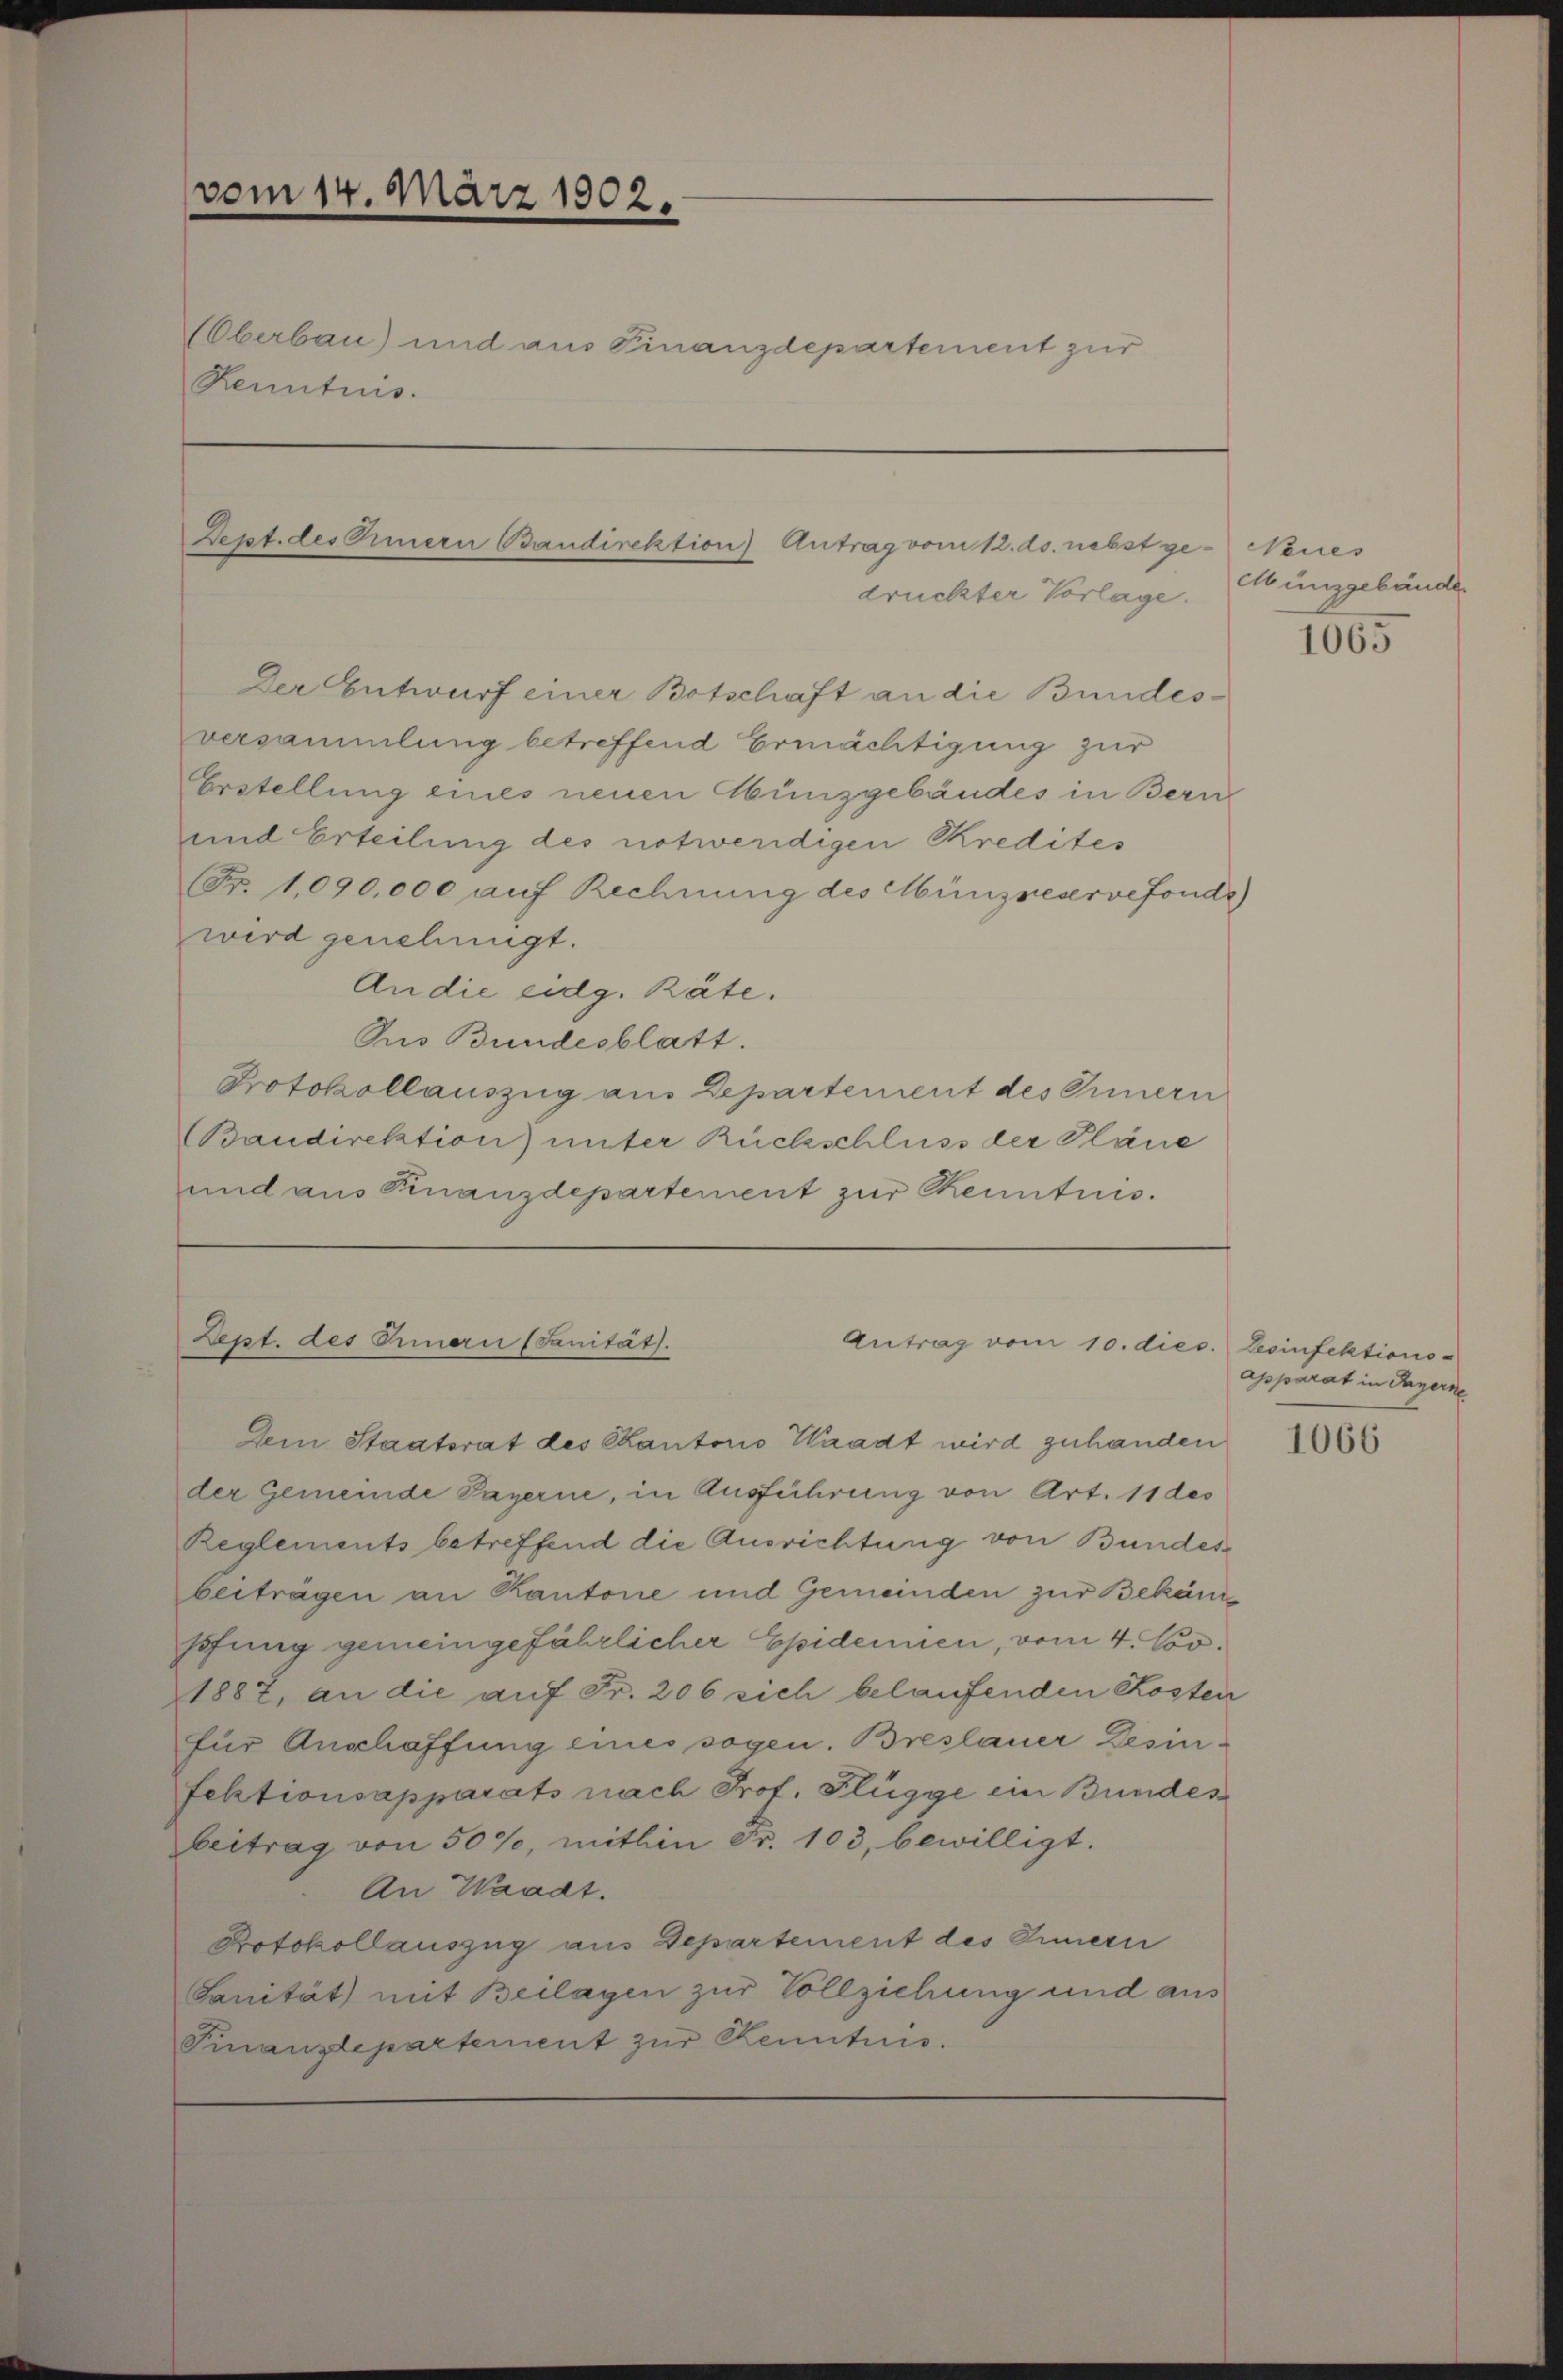
vom 14. März 1902.
Überbau) und am Finanzdepartement zur
Renntnis.

Dept. des Innern Bandirektion) Antrag vom 12. ds. nebst ge- Neues
druckter Vorlage.

Der Entwurf einer Botschaft an die Bundesversammlung betreffend Ermächtigung zur
Erstellung eines neuen Abünzgebäudes in Bern
und Erteilung des notwendigen Kredites
(Fr. 1090,000 auf Rechnung des Münzreservefonds
wird genehmigt.
An die eidg. Räte.
Dno Bundesblatt.
Protokollauszug aus Departement des Innern
(Baudirektion) unter Rückschluss der Pläne
und aus Finanzdepartement zur Kenntnis.

Dept. des Ornau (Sanität.
Antrag vom 10. dies. Desinfektions-

Dem Staatsrat des Kantons Waadt wird zuhanden
der Gemeinde Payerne, in Ausführung von Art. 11 des
Reglements betreffend die Ausrichtung von Bundes
beiträgen an Kantone und Gemeinden zur Bekan
hofung gemeingefährlicher Epidemien, vom 4. No.
1887, an die auf Fr. 206 sich belaufenden Kosten
für Anschaffung eines sogen. Breslauer Desinfektionsapparats nach Prof. Flügge ein Bundes
beitrag von 50%, mithin Fr. 103, bewilligt.
An Waadt.
Protokollauszug aus Departement des Innern
Sanität) mit Beilagen zur Vollziehung und aus
Finanzdepartement zŭr Kenntnis.

elbünzgebäude.

1065

apparat in Payerne

1066